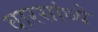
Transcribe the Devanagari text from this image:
वारसांध्ये